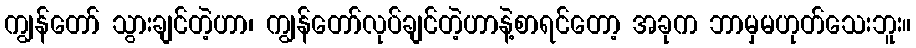
ကျွန်တော် သွားချင်တဲ့ဟာ၊ ကျွန်တော်လုပ်ချင်တဲ့ဟာနဲ့စာရင်တော့ အခုက ဘာမှမဟုတ်သေးဘူး။